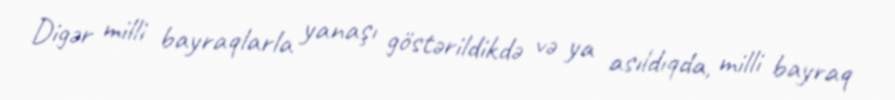
Digər milli bayraqlarla yanaşı göstərildikdə və ya asıldıqda, milli bayraq